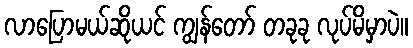
လာပြောမယ်ဆိုယင် ကျွန်တော် တခုခု လုပ်မိမှာပဲ။